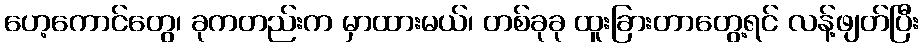
ဟေ့ကောင်တွေ၊ ခုကတည်းက မှာထားမယ်၊ တစ်ခုခု ထူးခြားတာတွေ့ရင် လန့်ဖျတ်ပြီး